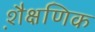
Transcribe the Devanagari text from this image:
शै़क्षणिक